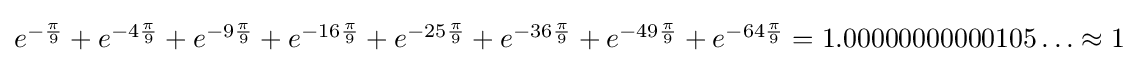
{\textstyle e^{-{\frac {\pi }{9}}}+e^{-4{\frac {\pi }{9}}}+e^{-9{\frac {\pi }{9}}}+e^{-16{\frac {\pi }{9}}}+e^{-25{\frac {\pi }{9}}}+e^{-36{\frac {\pi }{9}}}+e^{-49{\frac {\pi }{9}}}+e^{-64{\frac {\pi }{9}}}=1.00000000000105\ldots \approx 1}